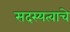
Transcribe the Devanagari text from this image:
सदस्यत्वाचे